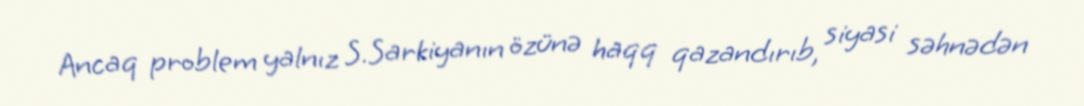
Ancaq problem yalnız S.Sarkiyanın özünə haqq qazandırıb, siyasi səhnədən